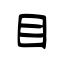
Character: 目